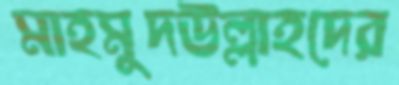
মাহমুদউল্লাহদের